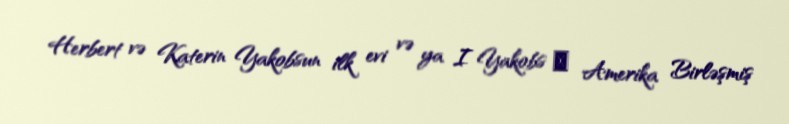
Herbert və Katerin Yakobsun ilk evi və ya I Yakobs ― Amerika Birləşmiş